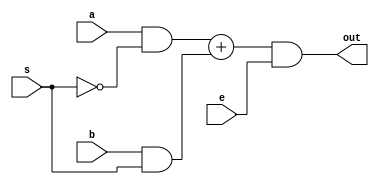
`timescale 1ns / 1ps
//@SHREYANSHU KUMAR IIT JAMMU
//2016UEE0041
//////////////////////////////////////////////////////////////////////////////////
// Company: 
// Engineer: 
// 
// Design Name: 
// Module Name:    barrel_shifter 
// Project Name: 
// Target Devices: 
// Tool versions: 
// Description: 
//
// Dependencies: 
//
// Revision: 
// Revision 0.01 - File Created
// Additional Comments: 
//
//////////////////////////////////////////////////////////////////////////////////

module mux2(a,b,s,e,out);   //making 2:1 MUX which can be further instatntiated         

input a,b;
input s,e;
	 output out;
	 wire w,w1;
	 assign w=a&(~s);
	 assign w1=b&s;
	 assign out = (w+w1)&e;
	endmodule

//making barrel shifter by instantiating above MUX
module barrel_SHREYANSHU(A,B,R,H); 
input [7:0]A; //input word 
input R;       //shift direction
input [2:0]B;   //number of shift (0-7)
output [7:0]H;   //updated word
wire [7:0]w1,w2,w3,w31,w32,w21,w22,w11,w12; //signals/wires used

//B[0] shift
mux2 m01(A[0],1'b0,B[0],~R,w11[0]);
mux2 m02(A[0],A[1],B[0],R,w12[0]);
assign w1[0]=w11[0]+w12[0];

mux2 m11(A[1],A[0],B[0],~R,w11[1]);
mux2 m12(A[1],A[2],B[0],R,w12[1]);
assign w1[1]=w11[1]+w12[1];

mux2 m21(A[2],A[1],B[0],~R,w11[2]);
mux2 m22(A[2],A[3],B[0],R,w12[2]);
assign w1[2]=w11[2]+w12[2];

mux2 m31(A[3],A[2],B[0],~R,w11[3]);
mux2 m32(A[3],A[4],B[0],R,w12[3]);
assign w1[3]=w11[3]+w12[3];

mux2 m41(A[4],A[3],B[0],~R,w11[4]);
mux2 m42(A[4],A[5],B[0],R,w12[4]);
assign w1[4]=w11[4]+w12[4];

mux2 m51(A[5],A[4],B[0],~R,w11[5]);
mux2 m52(A[5],A[6],B[0],R,w12[5]);
assign w1[5]=w11[5]+w12[5];

mux2 m61(A[6],A[5],B[0],~R,w11[6]);
mux2 m62(A[6],A[7],B[0],R,w12[6]);
assign w1[6]=w11[6]+w12[6];

mux2 m71(A[7],A[6],B[0],~R,w11[7]);
mux2 m72(A[7],1'b0,B[0],R,w12[7]);
assign w1[7]=w11[7]+w12[7];

// B1 shift  //@SHREYANSHU KUMAR IIT JAMMU
mux2 m011(w1[0],1'b0,B[1],~R,w21[0]);
mux2 m021(w1[0],w1[2],B[1],R,w22[0]);
assign w2[0]=w21[0]+w22[0];

mux2 m111(w1[1],1'b0,B[1],~R,w21[1]);
mux2 m121(w1[1],w1[3],B[1],R,w22[1]);
assign w2[1]=w21[1]+w22[1];

mux2 m211(w1[2],w1[0],B[1],~R,w21[2]);
mux2 m221(w1[2],w1[4],B[1],R,w22[2]);
assign w2[2]=w21[2]+w22[2];

mux2 m311(w1[3],w1[1],B[1],~R,w21[3]);
mux2 m321(w1[3],w1[5],B[1],R,w22[3]);
assign w2[3]=w21[3]+w22[3];

mux2 m411(w1[4],w1[2],B[1],~R,w21[4]);
mux2 m421(w1[4],w1[6],B[1],R,w22[4]);
assign w2[4]=w21[4]+w22[4];

mux2 m511(w1[5],w1[3],B[1],~R,w21[5]);
mux2 m521(w1[5],w1[7],B[1],R,w22[5]);
assign w2[5]=w21[5]+w22[5];

mux2 m611(w1[6],w1[4],B[1],~R,w21[6]);
mux2 m621(w1[6],1'b0,B[1],R,w22[6]);
assign w2[6]=w21[6]+w22[6];

mux2 m711(w1[7],w1[5],B[1],~R,w21[7]);
mux2 m721(w1[7],1'b0,B[1],R,w22[7]);
assign w2[7]=w21[7]+w22[7];
//B2 shift begins

mux2 m012(w2[0],1'b0,B[2],~R,w31[0]);
mux2 m022(w2[0],w2[4],B[2],R,w32[0]);
assign H[0]=w31[0]+w32[0];

mux2 m112(w2[1],1'b0,B[2],~R,w31[1]);
mux2 m122(w2[1],w2[5],B[2],R,w32[1]);
assign H[1]=w31[1]+w32[1];

mux2 m212(w2[2],1'b0,B[2],~R,w31[2]);
mux2 m222(w2[2],w2[6],B[2],R,w32[2]);
assign H[2]=w31[2]+w32[2];

mux2 m312(w2[3],1'b0,B[2],~R,w31[3]);
mux2 m322(w2[3],w2[7],B[2],R,w32[3]);
assign H[3]=w31[3]+w32[3];

mux2 m412(w2[4],w2[0],B[2],~R,w31[4]);
mux2 m422(w2[4],1'b0,B[2],R,w32[4]);
assign H[4]=w31[4]+w32[4];

mux2 m512(w2[5],w2[1],B[2],~R,w31[5]);
mux2 m522(w2[5],1'b0,B[2],R,w32[5]);
assign H[5]=w31[5]+w32[5];

mux2 m612(w2[6],w2[2],B[2],~R,w31[6]);
mux2 m622(w2[6],1'b0,B[2],R,w32[6]);
assign H[6]=w31[6]+w32[6];

mux2 m712(w2[7],w2[3],B[2],~R,w31[7]);
mux2 m722(w2[7],1'b0,B[2],R,w32[7]);
assign H[7]=w31[7]+w32[7];

endmodule 
//@SHREYANSHU KUMAR IIT JAMMU